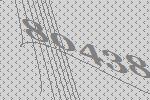
80438